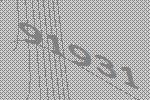
91931